Lunatic asylums in Bengal annual reports 1899-1911 - 1899-1911
Year: 1899
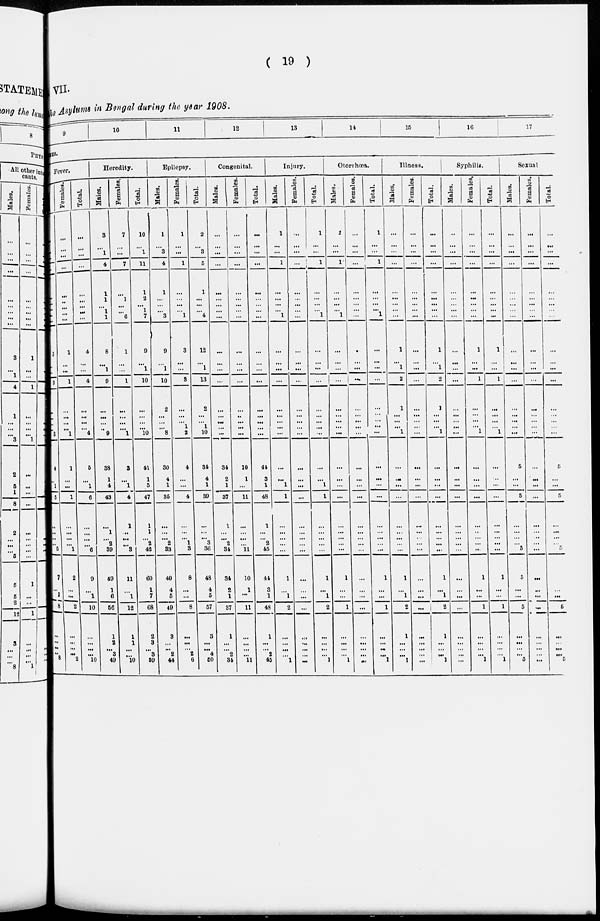
( 19 )
VII.
the Asylums in Bengal during the year 1908.
9
10
11
12
13
14
15
16
17
CAUSES.
Fever.
Males.
...
...
...
...
...
...
...
...
...
3
...
...
3
...
...
...
...
3
4
...
1
5
...
...
...
...
5
7
...
1
8
...
...
...
...
8
Females.
...
...
...
...
...
...
...
...
...
1
...
...
1
...
...
...
...
1
1
...
...
1
...
...
... ...
1
2
...
...
2
...
...
...
...
2
Total.
...
...
...
...
...
...
...
...
...
4
...
...
4
...
...
...
...
4
5
...
1
6
...
...
...
...
6
9
1
10
...
...
...
...
10
Heredity.
Males.
3
...
1
4
1
1
...
1
1
8
...
1
9
...
...
...
...
9
38
1
4
43
...
1
... 2
39
49
1
6
56
1
2
...
3
49
Females.
7
...
...
7
...
1
...
...
6
1
...
...
1
...
...
...
...
1
3
...
1
4
1
...
...
...
3
11
...
1
12
1
1
...
...
10
Total.
10
...
1
11
1
2
...
1
7
9
...
1
10
...
...
...
...
10
41
1
5
47
1
1
... 2
42
60
1
7
68
2
3
...
3
59
Epilepsy.
Males.
1
...
3
4
1
...
...
...
3
9
...
1
10
2
...
...
...
8
30
4
1
35
...
...
... 2
33
40
4
5
49
3
...
...
2
44
Females.
1
...
...
1
...
...
...
...
1
3
...
...
3
...
...
... 1
2
4
...
...
4
...
...
... 1
3
3
...
...
8
...
...
...
2
6
Total.
2
...
3
5
1
...
...
...
4
12
...
1
13
2
...
... 1
10
34
4
1
39
...
...
... 3
36
48
4
5
57
3
...
...
4
50
Congenital.
Males.
...
...
...
...
...
...
...
...
...
...
...
...
...
...
...
...
...
...
34
2
1
37
1
...
... 2
34
34
2
1
37
1
...
...
2
34
Females.
...
...
...
...
...
...
...
...
...
...
...
...
...
...
...
...
...
...
10
1
...
11
...
...
...
...
11
10
1
...
11
...
...
...
...
11
Total.
...
...
...
...
...
...
...
...
...
...
...
...
...
...
...
...
...
41
3
1
48
1
...
... 2
45
44
3
1
48
1
...
...
2
45
Injury.
Males.
1
...
...
1
...
...
...
...
1
...
...
...
...
...
...
...
...
...
...
...
1
1
...
...
...
...
...
1
...
1
2
...
...
...
...
1
Females.
...
...
...
...
...
...
...
...
...
...
...
...
...
...
...
...
...
...
...
...
...
...
...
...
...
...
...
...
....
...
...
...
...
...
...
...
Total.
1
...
...
1
...
...
...
...
1
...
...
...
...
...
...
...
...
...
...
...
1
1
...
...
...
...
...
1
...
1
2
...
...
...
...
1
Otorrhœa.
Males.
1
...
...
1
...
...
...
...
1
...
...
...
...
...
...
...
...
...
...
...
...
...
...
...
...
...
...
1
...
...
1
...
...
...
...
1
Females.
...
...
...
1
...
...
...
...
...
...
...
...
...
...
...
...
...
...
...
...
...
...
...
...
...
...
...
...
...
...
...
...
...
...
...
...
Total.
1
...
...
1
...
...
...
...
1
...
...
...
...
...
...
... ...
...
...
...
...
...
...
...
...
...
...
1
...
...
1
...
...
...
...
1
Illness.
Males.
...
...
...
...
...
...
...
...
...
1
...
1
2
1
...
...
...
1
...
...
...
...
...
...
...
...
...
1
...
1
2
1
...
...
...
1
Females.
...
...
...
...
...
...
...
...
...
...
...
...
...
...
...
...
...
...
...
...
...
...
...
...
...
...
...
...
...
...
...
...
...
...
...
...
Total.
...
...
...
...
...
...
...
...
...
1
...
1
2
1
...
...
...
1
...
...
...
...
...
...
...
...
...
1
...
1
2
1
...
...
...
1
Syphilis.
Males.
...
...
...
...
...
...
...
...
...
...
...
...
...
...
...
...
...
...
...
...
...
...
...
...
...
...
...
...
...
...
...
...
...
...
...
...
Females.
...
...
...
...
...
...
...
...
...
1
...
...
1
...
...
...
...
1
...
...
...
...
...
..
...
...
...
1
...
...
1
...
...
...
...
1
Total.
...
...
...
...
...
...
...
...
...
1
...
...
1
...
...
...
...
1
...
...
...
...
...
...
...
...
...
1
...
...
1
...
...
...
...
1
Sexual
Males.
...
...
...
...
...
...
...
...
...
...
...
...
...
...
...
...
...
...
5
...
...
5
...
...
...
...
5
5
...
...
5
...
...
...
...
5
Females.
...
...
...
...
...
...
...
...
...
...
...
...
...
...
...
...
...
...
...
...
...
...
...
...
...
...
...
...
...
...
...
...
...
...
...
...
Total.
...
...
...
...
...
...
...
...
...
...
...
...
...
...
...
...
...
...
5
...
...
5
...
...
...
...
5
5
...
...
5
...
...
...
...
5